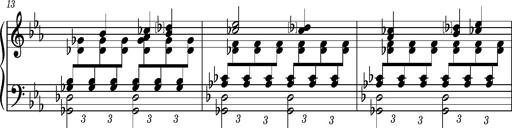
Title: PrÃ©ludes et Harmonies poÃ©tiques et religieuses
Composer: Franz Liszt